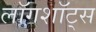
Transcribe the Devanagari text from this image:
लॉगशॉट्स